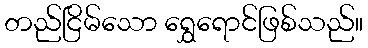
တည်ငြိမ်သော ရွှေရောင်ဖြစ်သည်။